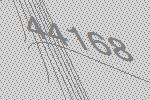
44168